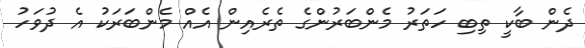
ދެން ބާކީ ތިބި ހަތަރު މެންބަރުންގެ ތެރެއިން އެއް މެންބަރަކު އެ ދުވަހު